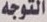
التوجه